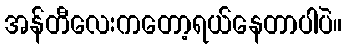
အန်တီလေးကတော့ရယ်နေတာပါပဲ။